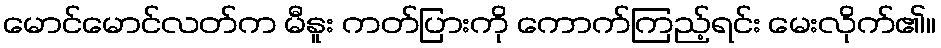
မောင်မောင်လတ်က မီနူး ကတ်ပြားကို ကောက်ကြည့်ရင်း မေးလိုက်၏။